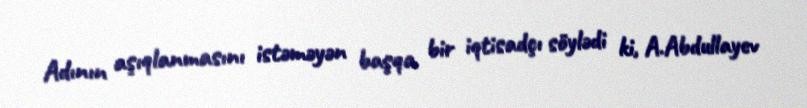
Adının aşıqlanmasını istəməyən başqa bir iqtisadçı söylədi ki, A.Abdullayev